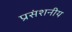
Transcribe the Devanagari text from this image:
प्रसंशनीय